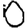
Digit: 0